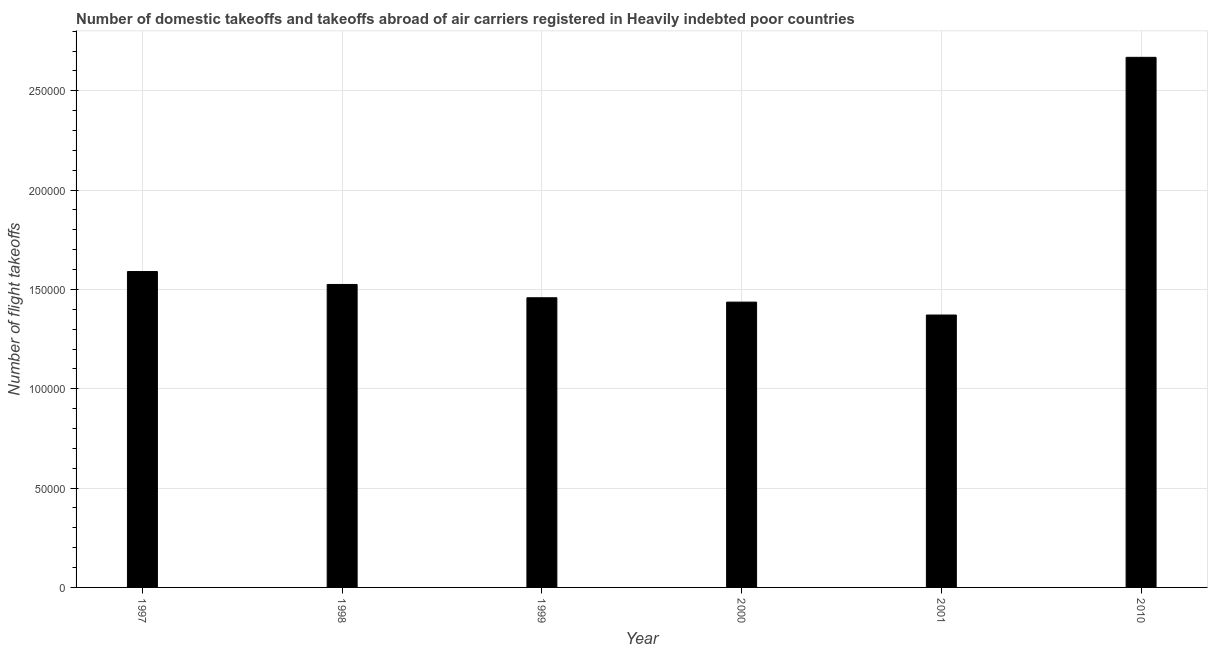
| Year | Air transport |
 | --- | --- |
 | 1997 | 1.59e+05 |
 | 1998 | 1.52e+05 |
 | 1999 | 1.46e+05 |
 | 2000 | 1.44e+05 |
 | 2001 | 1.37e+05 |
 | 2010 | 2.67e+05 |